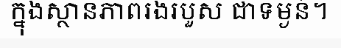
ក្នុងស្ថានភាពរងរបួស ជាទម្ងន់។